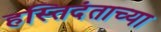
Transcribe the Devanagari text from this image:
हस्तिदंताच्या